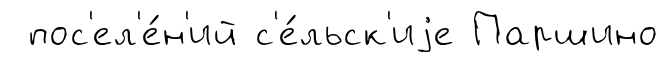
пос'ел'е́н'ий с'е́льск'иjе Паршино